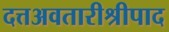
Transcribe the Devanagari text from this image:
दत्तअवतारीश्रीपाद